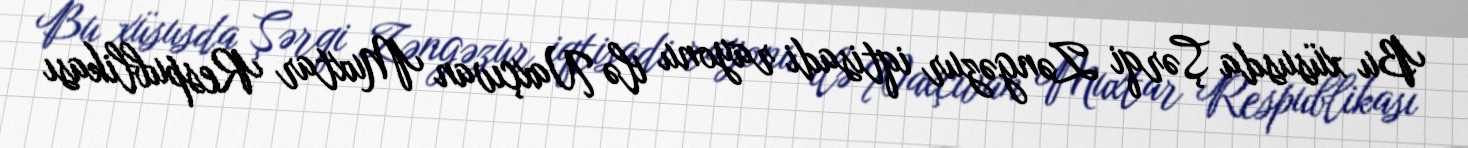
Bu xüsusda Şərqi Zəngəzur iqtisadi rayonu ilə Naxçıvan Muxtar Respublikası